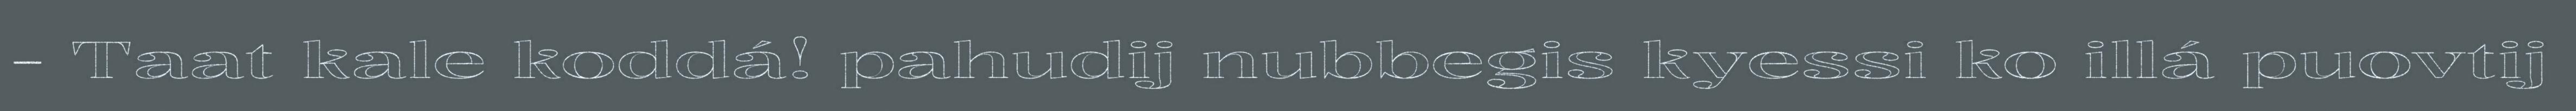
- Taat kale koddá! pahudij nubbegis kyessi ko illá puovtij